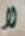
لا